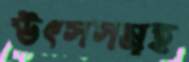
উৎসসমূহ